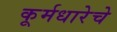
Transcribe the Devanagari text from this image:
कूर्मधारेचे